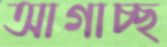
আগাচ্ছ